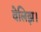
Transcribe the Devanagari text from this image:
वेलिझ।